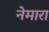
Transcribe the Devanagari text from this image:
नेमारा